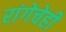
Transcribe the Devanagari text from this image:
रांगेचेही